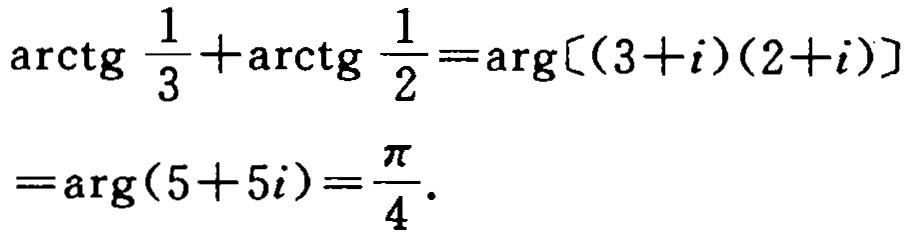
\[\begin{align*}
\mathrm{arctg}\frac{1}{3}+\mathrm{arctg}\frac{1}{2}&=\mathrm{arg}[(3 + i)(2 + i)]\\
&=\mathrm{arg}(5 + 5i)=\frac{\pi}{4}.
\end{align*}\]